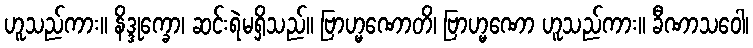
ဟူသည်ကား။ နိဒ္ဒုက္ခော၊ ဆင်းရဲမရှိသည်။ ဗြာဟ္မဏောတိ၊ ဗြာဟ္မဏော ဟူသည်ကား။ ခီဏာသဝေါ၊